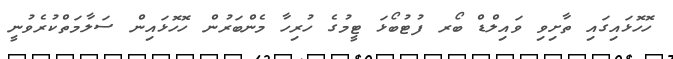
ހޮހޮޅައިގައި ތާށިވި ވައިލްޑް ބޯރ ފުޓުބޯޅަ ޓީމުގެ ހުރިހާ މެންބަރުން ހޮހޮޅައިން ސަލާމަތްކުރެވުނީ